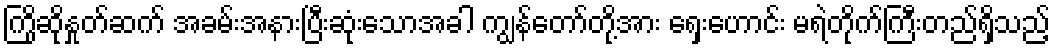
ကြိုဆိုနှုတ်ဆက် အခမ်းအနားပြီးဆုံးသောအခါ ကျွန်တော်တို့အား ရှေးဟောင်း မရဲတိုက်ကြီးတည်ရှိသည့်